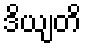
ဒိယျတိ